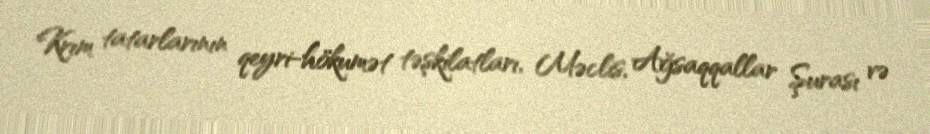
Krım tatarlarının qeyri-hökumət təşkilatları, Məclis, Ağsaqqallar Şurası və